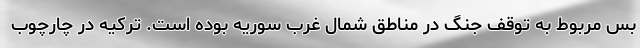
بس مربوط به توقف جنگ در مناطق شمال غرب سوریه بوده است. ترکیه در چارچوب